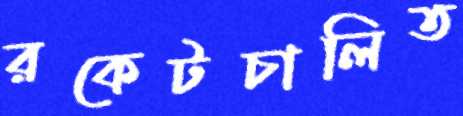
রকেটচালিত